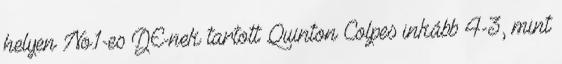
helyen No.1-es DE-nek tartott Quinton Colpes inkább 4-3, mint